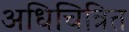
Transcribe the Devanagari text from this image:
अधिचित्रित